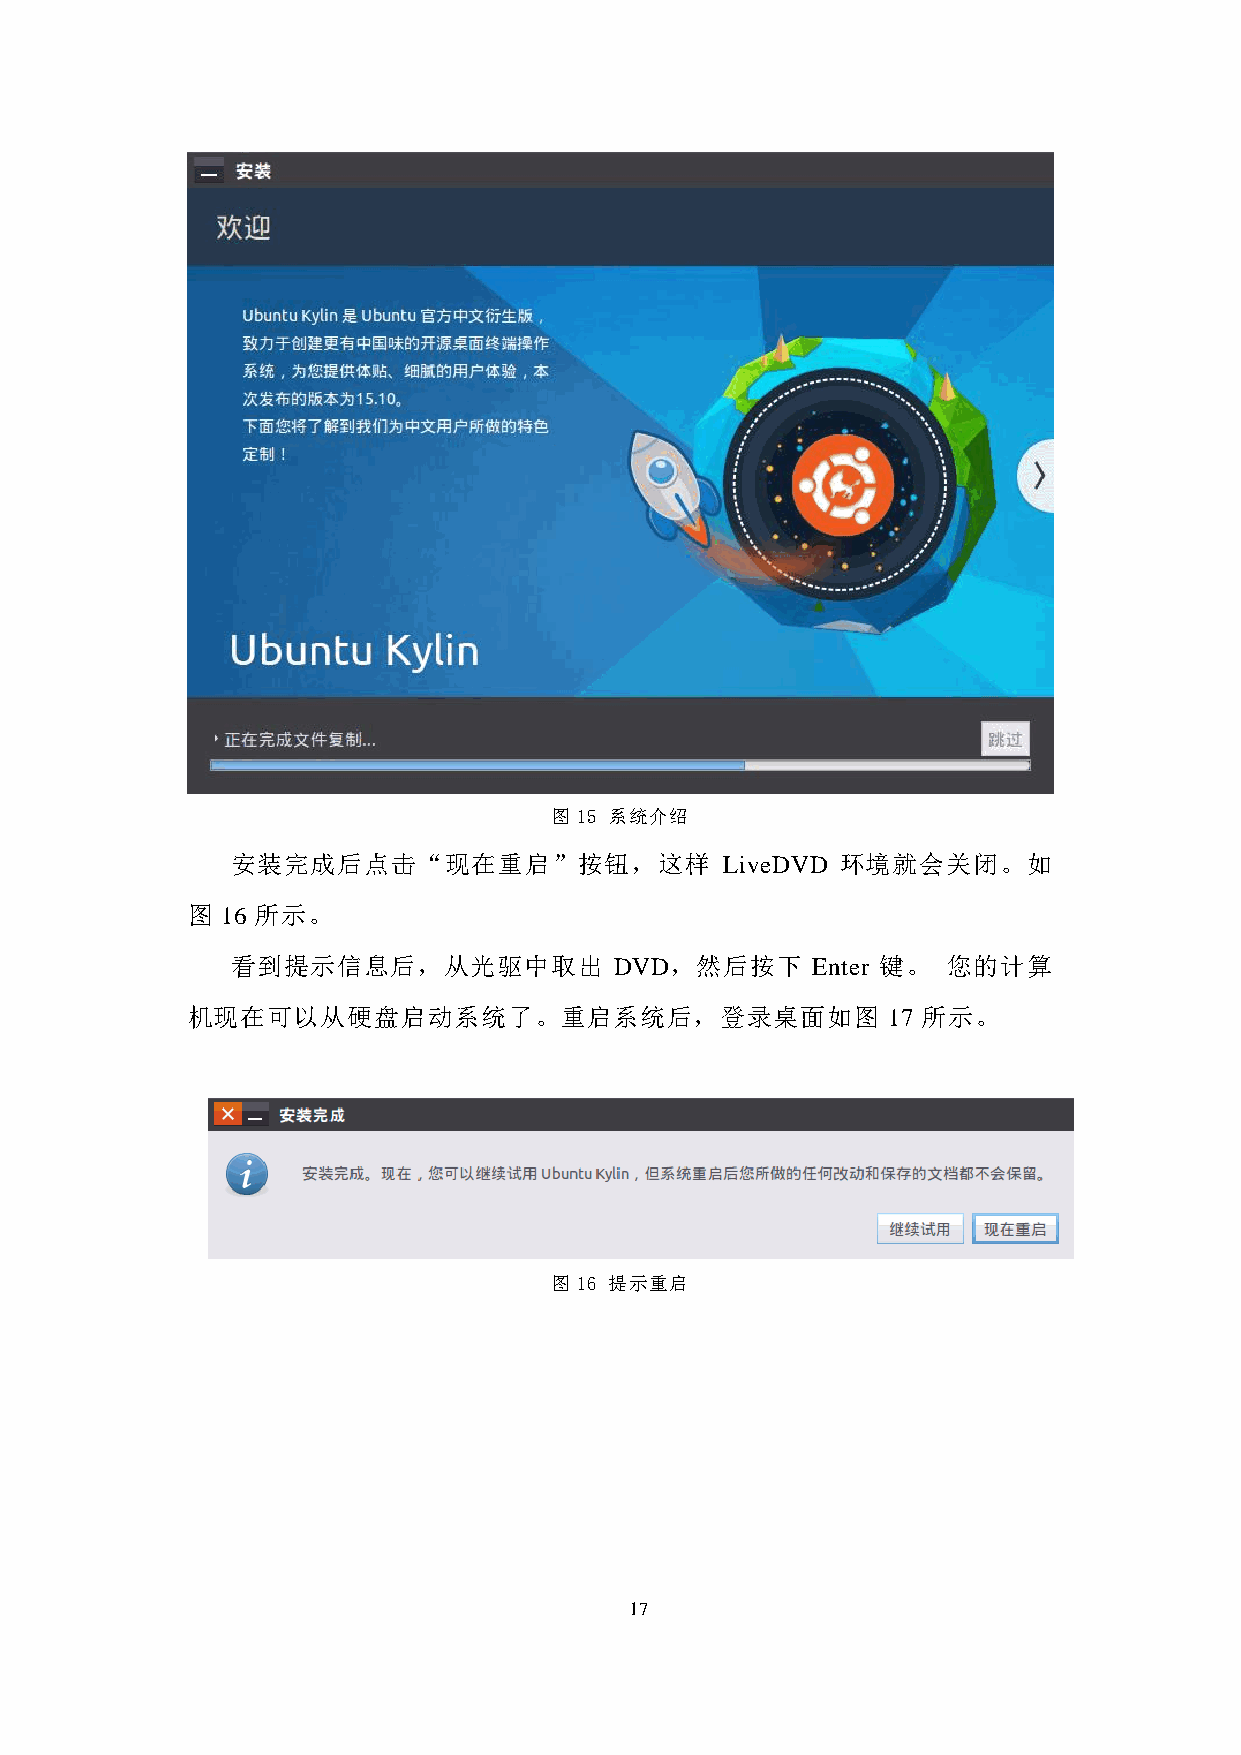
图 15 系统介绍
 安装完成后点击“现在重启”按钮，这样               LiveDVD 环境就会关闭。如
 图  16 所示。
 看到提示信息后，从光驱中取出            DVD，然后按下     Enter 键。 您的计算
 机现在可以从硬盘启动系统了。重启系统后，登录桌面如图                     17 所示。
 图 16 提示重启
 17